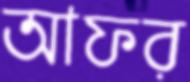
আফর